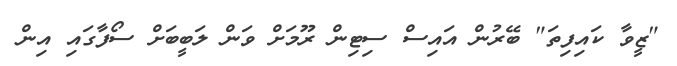
"ޒީވާ ކައިފިތަ" ބޭރުން އައިސް ސިޓިން ރޫމަށް ވަން ލަބީބަށް ސޯފާގައި އިން